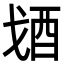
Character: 𨟶